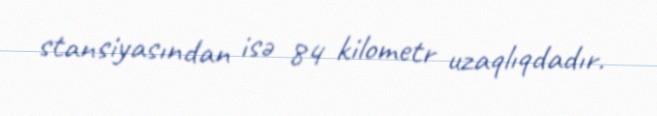
stansiyasından isə 84 kilometr uzaqlıqdadır.